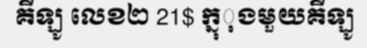
គីឡូ លេខ២ 21$ ក្នុុងមួយគីឡូ